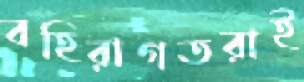
বহিরাগতরাই